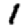
Digit: 1